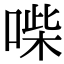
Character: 喍